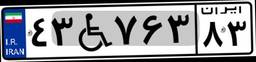
۴۳W۷۶۳۸۳